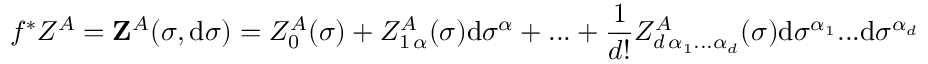
f ^ { * } Z ^ { A } = \mathbf { Z } ^ { A } ( \sigma , \mathrm { d } \sigma ) = Z _ { 0 } ^ { A } ( \sigma ) + Z _ { 1 \, \alpha } ^ { A } ( \sigma ) \mathrm { d } \sigma ^ { \alpha } + . . . + \frac { 1 } { d ! } Z _ { d \, \alpha _ { 1 } . . . \alpha _ { d } } ^ { A } ( \sigma ) \mathrm { d } \sigma ^ { \alpha _ { 1 } } . . . \mathrm { d } \sigma ^ { \alpha _ { d } }